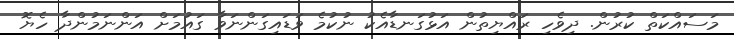
މަސައްކަތް ކުރުން. ދިވެހި ރައްޔިތުން އަޅުގަނޑާއެކު ނުކުމެ ވަޑައިގަންނަވާ ގައުމަށް އަންނަމުންދާ ހެޔޮ